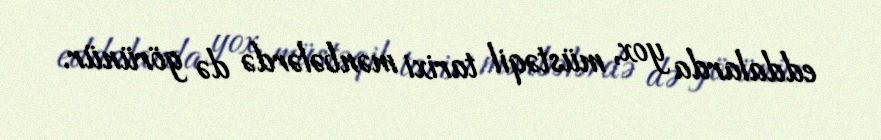
eddalarda yox, müstəqil tarixi mənbələrdə də görünür.